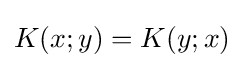
K(x;y)=K(y;x)